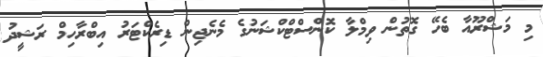
މި މަޝްރޫއާ ބެހޭ ގޮތުން ވިމްލާ ކޮންސްޓްކްޝަނުގެ މެނެޖިން ޑިރެކްޓަރު އިބްރާހިމް ރަޝީދު